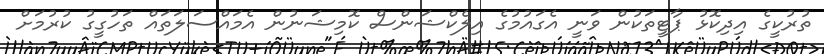
ތުރުކީގެ އިދިކޮޅު ޕާޓީތަކުން ވަނީ އެގައުމުގެ އިލެކްޝަންސް ކޮމިޝަނުން އެމައްސަލަތައް ތަހުގީގު ކުރުމަށް